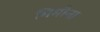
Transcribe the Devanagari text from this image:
मिमौना